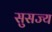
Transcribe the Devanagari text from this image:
सुसज्य